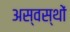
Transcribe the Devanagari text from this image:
अस्वस्थों